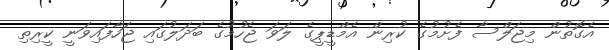
އެގޮތުން މިޖަލްސާ ފެށުމުގެ ކުރިން އެމްޑީޕީގެ ލަވަ ޖެހުމުގެ ބަދަލުގައި ޖަހާފައިވަނީ ކީރިތި